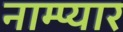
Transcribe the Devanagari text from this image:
नाम्प्यार